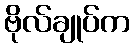
ဗိုလ်ချုပ်က